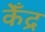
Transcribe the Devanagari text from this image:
केँद्र